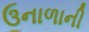
ઉનાળાની